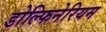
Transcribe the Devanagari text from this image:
डोल्फिनेरियम